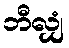
ဘီလျှံ